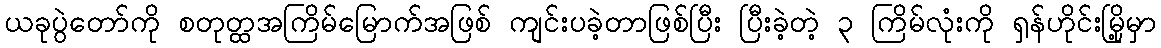
ယခုပွဲတော်ကို စတုတ္ထအကြိမ်မြောက်အဖြစ် ကျင်းပခဲ့တာဖြစ်ပြီး ပြီးခဲ့တဲ့ ၃ ကြိမ်လုံးကို ရှန်ဟိုင်းမြို့မှာ